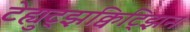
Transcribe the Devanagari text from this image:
टेह्युट्झक्विट्झिन